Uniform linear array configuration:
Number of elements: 8
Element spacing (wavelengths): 0.75
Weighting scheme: kaiser
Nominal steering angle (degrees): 0
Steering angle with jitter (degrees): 0.945
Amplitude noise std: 0.05
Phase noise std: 0.05

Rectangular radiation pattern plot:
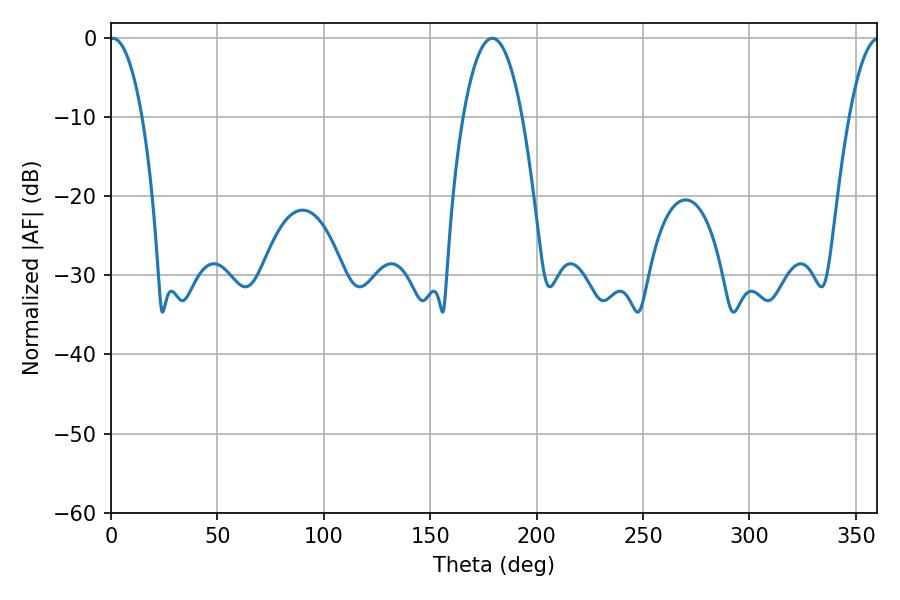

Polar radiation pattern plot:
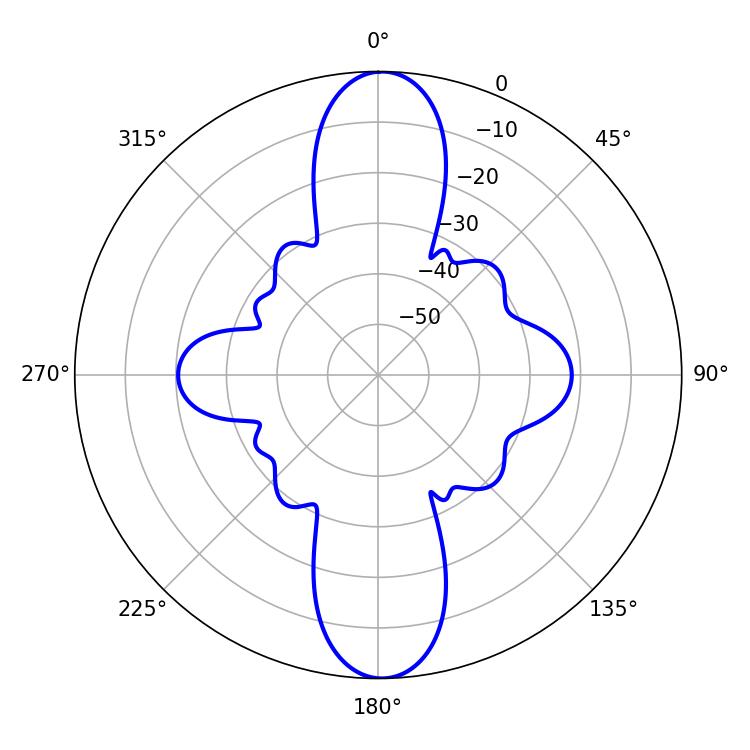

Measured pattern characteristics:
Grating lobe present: TRUE
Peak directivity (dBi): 24.569
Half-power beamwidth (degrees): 8.46
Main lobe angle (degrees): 0.9